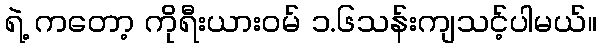
ရဲ့ ကတော့ ကိုရီးယားဝမ် ၁.၆သန်းကျသင့်ပါမယ်။